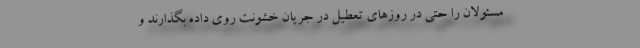
مسئولان را حتی در روزهای تعطیل در جریان خشونت روی داده بگذارند و